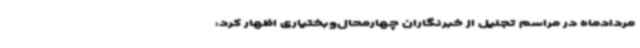
مردادماه در مراسم تجلیل از خبرنگاران چهارمحال‌وبختیاری اظهار کرد: